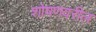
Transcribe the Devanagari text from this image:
शोषणवरील